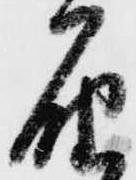
届